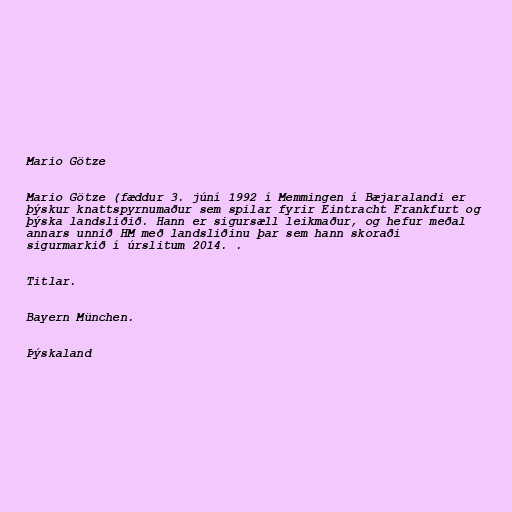
Mario Götze

Mario Götze (fæddur 3. júní 1992 í Memmingen í Bæjaralandi er
þýskur knattspyrnumaður sem spilar fyrir Eintracht Frankfurt og
þýska landsliðið. Hann er sigursæll leikmaður, og hefur meðal
annars unnið HM með landsliðinu þar sem hann skoraði
sigurmarkið í úrslitum 2014. .

Titlar.

Bayern München.

Þýskaland